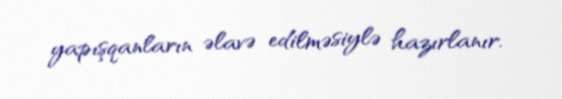
yapışqanların əlavə edilməsiylə hazırlanır.